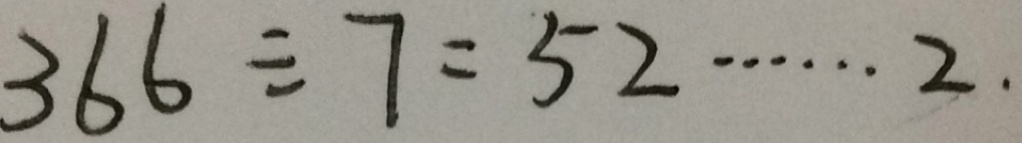
3 6 6 \div 7 = 5 2 \cdots 2 .